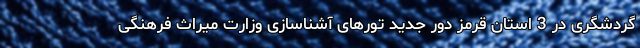
گردشگری در 3 استان قرمز دور جدید تورهای آشناسازی وزارت میراث فرهنگی